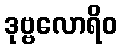
ဒုဗ္ဗလောရိဝ